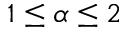
1 \leq \alpha \leq 2